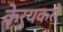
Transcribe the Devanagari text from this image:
केरुयकसे